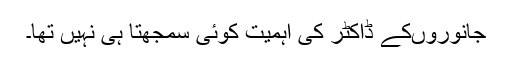
جانوروں‌کے ڈاکٹر کی اہمیت کوئی سمجھتا ہی نہیں تھا۔